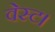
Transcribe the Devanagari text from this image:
वेस्ट।